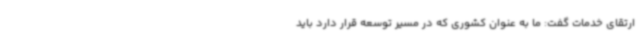
ارتقای خدمات گفت: ما به عنوان کشوری که در مسیر توسعه قرار دارد باید